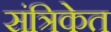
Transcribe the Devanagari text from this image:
संत्रिकेत